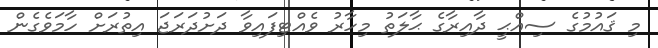
މި ޤައުމުގެ ސިއްޙީ ދާއިރާގެ ޙާލަތު މިހާރު ވެއްޓިފައިވާ ދަށުދަރަޖަ އިތުރަށް ހާމަވެގެން